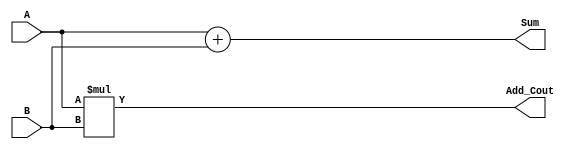
// 1_bit half adder

`timescale 1ns / 1ps

module HA(
    input A, 
    input B,
    output Add_Cout,
    output Sum
    );
    
    assign Sum = A + B;
    assign Add_Cout = A * B;
    
endmodule